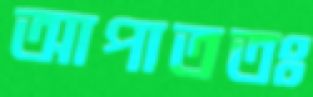
আপাততঃ